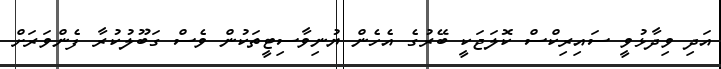
އަދި ވިދާޅުވީ ސައިރިކްސް ކޮލަޖަކީ ބޭރުގެ އެހެން ޔުނިވާސިޓީތަކުން ވެސް ގަބޫލުކުރާ ފެންވަރަށް